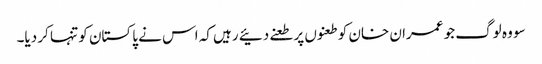
سو وہ لوگ جو عمران خان کو طعنوں پر طعنے دئیے رہیں کہ اس نے پاکستان کو تنہا کر دیا۔